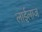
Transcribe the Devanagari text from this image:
लाईलाज